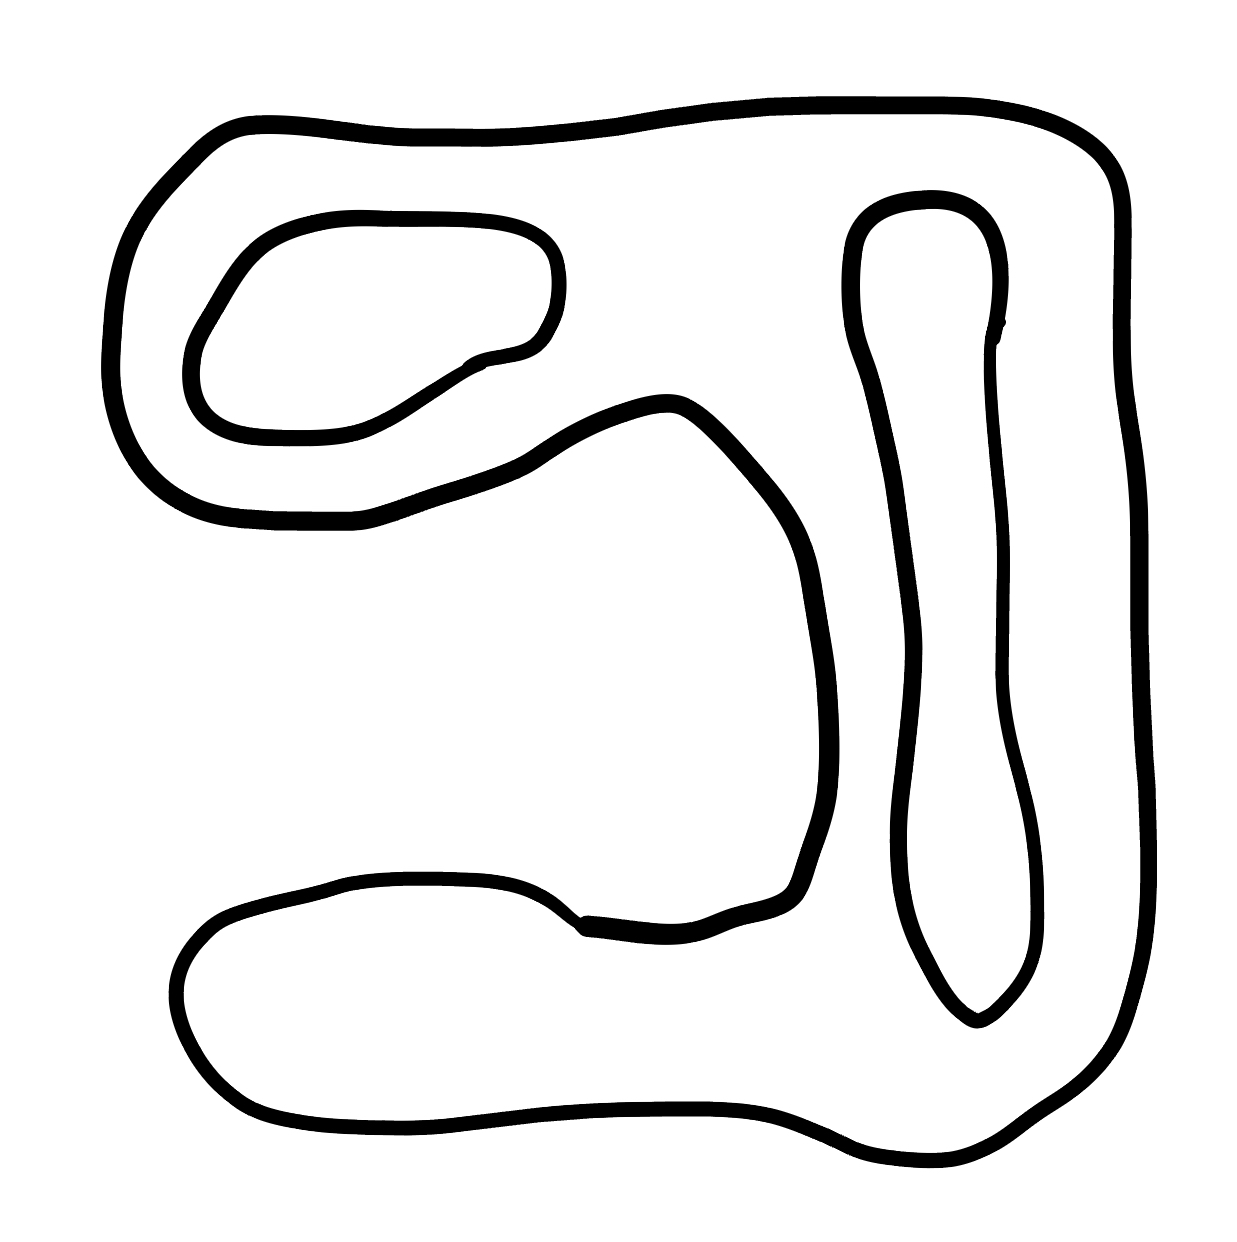
Number of regions (including the outer root region): 4
Containment tree edges (parent, child): 0, 1, 1, 2, 1, 3